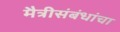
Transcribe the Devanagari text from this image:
मैत्रीसंबंधांचा